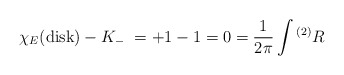
\begin{align*}\chi_{E}(\hbox{disk}) - K_{-} \ = +1 - 1 = 0 = {1\over 2\pi}\int {}^{(2)}R\end{align*}